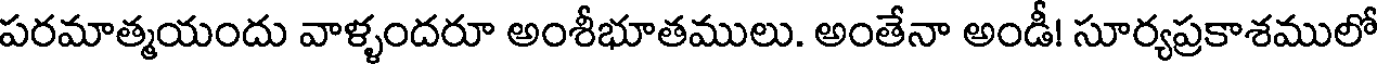
పరమాత్మయందు వాళ్ళందరూ అంశీభూతములు. అంతేనా అండీ! సూర్యప్రకాశములో